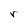
Character: r